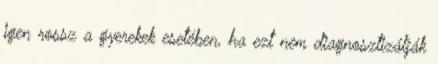
igen rossz a gyerekek esetében, ha ezt nem diagnosztizálják